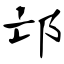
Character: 邙